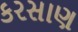
કરસાણ